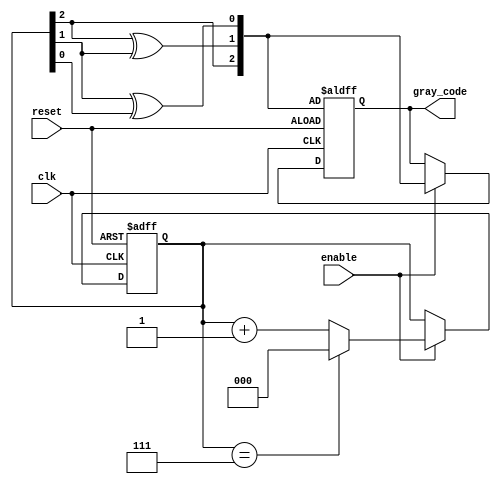
module gray_code_counter (
    input wire clk,           // Clock input
    input wire reset,         // Asynchronous reset
    input wire enable,        // Enable signal
    output reg [2:0] gray_code // 3-bit Gray Code output
);

    reg [2:0] binary_counter; // 3-bit binary counter

    // Binary to Gray Code conversion
    function [2:0] binary_to_gray;
        input [2:0] binary;
        begin
            binary_to_gray = {binary[2], binary[2] ^ binary[1], binary[1] ^ binary[0]};
        end
    endfunction

    // Asynchronous reset and counting logic
    always @(posedge clk or posedge reset) begin
        if (reset) begin
            binary_counter <= 3'b000; // Initialize to 0 in binary
            gray_code <= binary_to_gray(binary_counter); // Initialize Gray Code
        end else if (enable) begin
            // Increment binary counter
            binary_counter <= binary_counter + 1;

            // Check for overflow and wrap around if necessary
            if (binary_counter == 3'b111) begin
                binary_counter <= 3'b000; // Wrap around to 0
            end

            // Update Gray Code output
            gray_code <= binary_to_gray(binary_counter);
        end
    end

endmodule